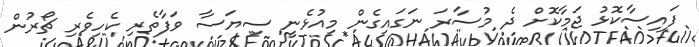
ފައިސާކޮޅު ޖަމާކޮށް ދެ މުސާރަ ނަގައިގެން މިއުޅެނީ ސިޔަސާ ވަފާތެރި ކެހިވެރި ޗޯރުން